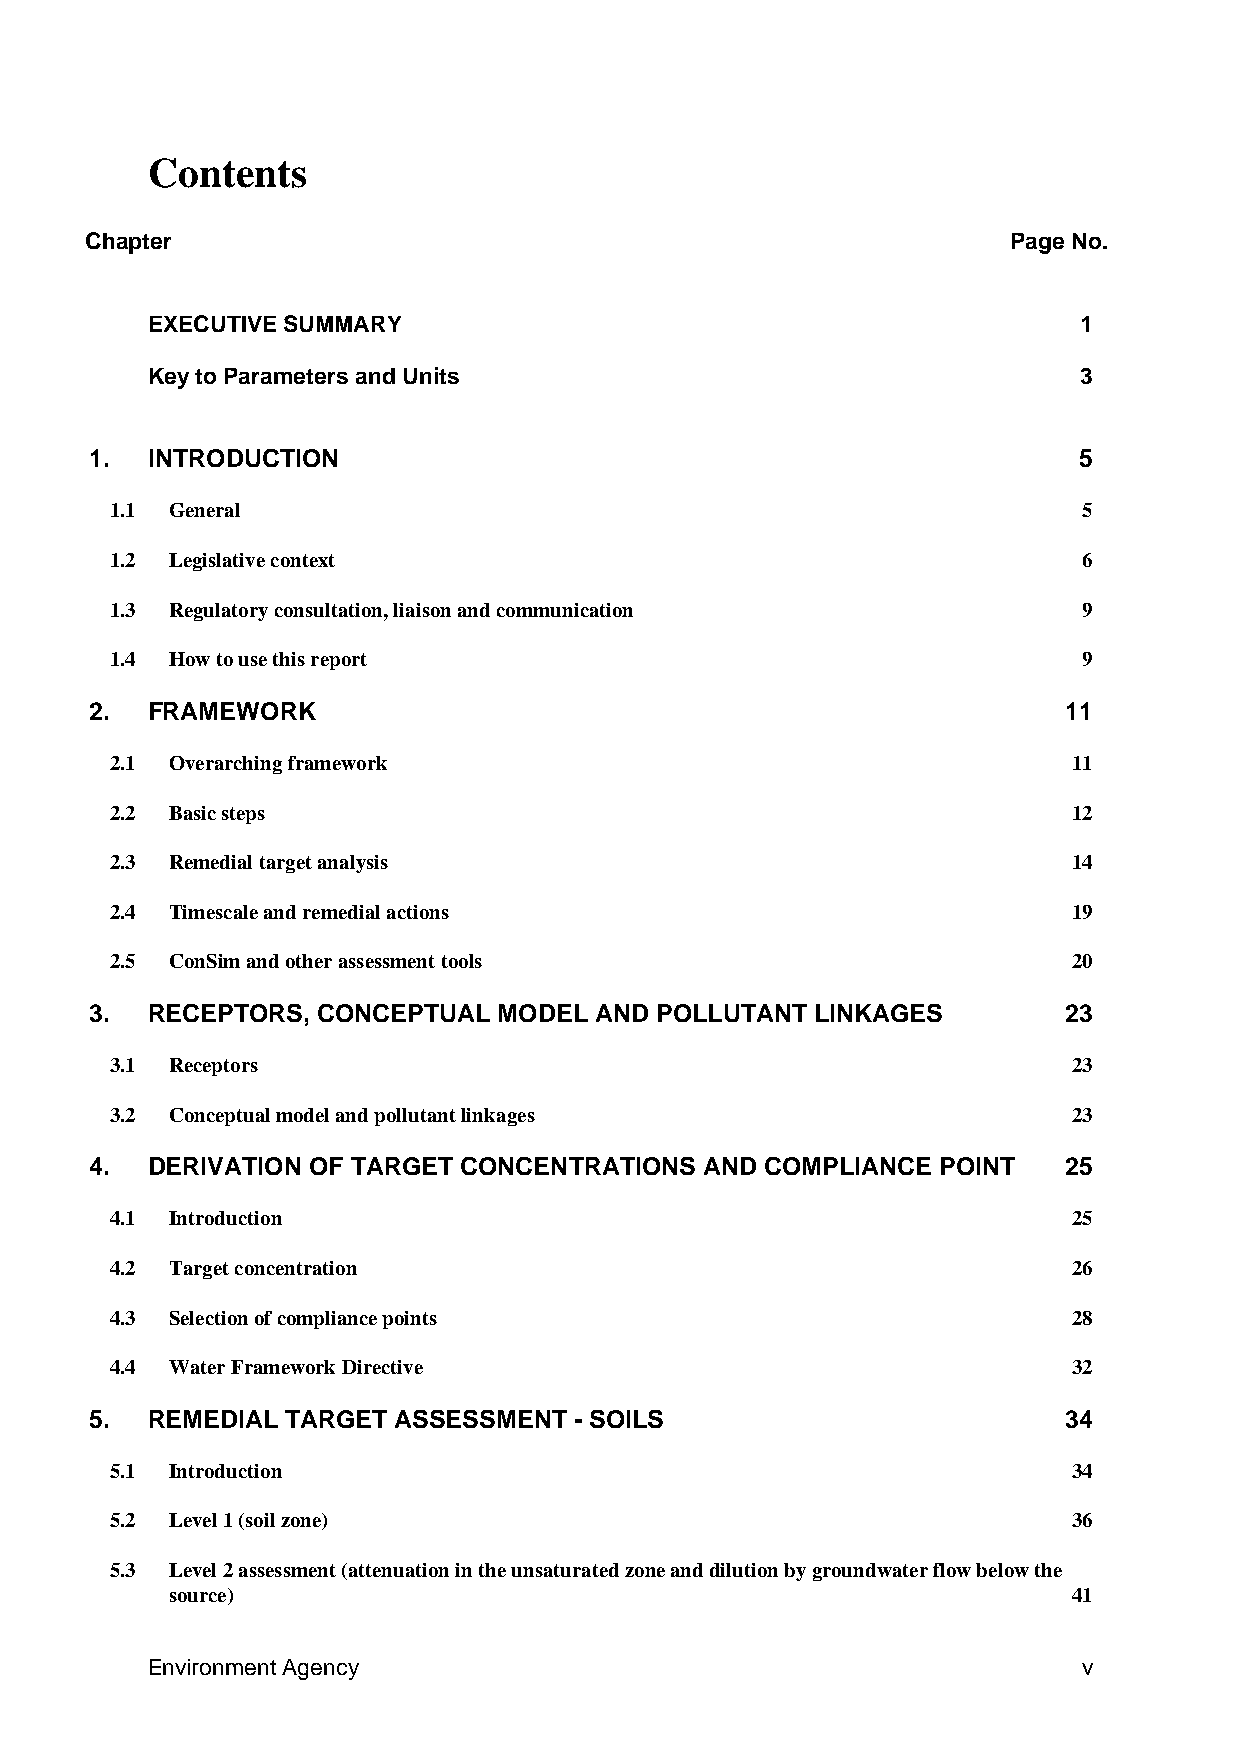
Contents
 Chapter                                                      Page No.
 EXECUTIVE SUMMARY                                             1
 Key to Parameters and Units                                   3
 1.  INTRODUCTION                                                 5
 1.1 General                                                      5
 1.2 Legislative context                                          6
 1.3 Regulatory consultation, liaison and communication           9
 1.4 How to use this report                                       9
 2.  FRAMEWORK                                                   11
 2.1 Overarching framework                                       11
 2.2 Basic steps                                                 12
 2.3 Remedial target analysis                                    14
 2.4 Timescale and remedial actions                              19
 2.5 ConSim and other assessment tools                           20
 3.  RECEPTORS, CONCEPTUAL  MODEL AND POLLUTANT  LINKAGES         23
 3.1 Receptors                                                   23
 3.2 Conceptual model and pollutant linkages                     23
 4.  DERIVATION OF TARGET CONCENTRATIONS  AND COMPLIANCE POINT    25
 4.1 Introduction                                                25
 4.2 Target concentration                                        26
 4.3 Selection of compliance points                              28
 4.4 Water Framework Directive                                   32
 5.  REMEDIAL TARGET ASSESSMENT  - SOILS                          34
 5.1 Introduction                                                34
 5.2 Level 1 (soil zone)                                         36
 5.3 Level 2 assessment (attenuation in the unsaturated zone and dilution by groundwater flow below the
 source)                                                     41
 Environment Agency                                            v